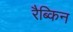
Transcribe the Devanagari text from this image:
रैब्किन